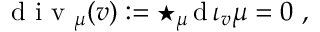
\textrm { d i v } _ { \mu } ( v ) : = \star _ { \mu } \, \mathrm { d } \, \iota _ { v } \mu = 0 \ ,